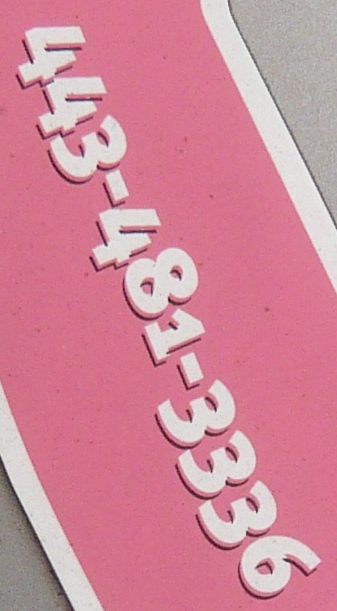
443-481-3336